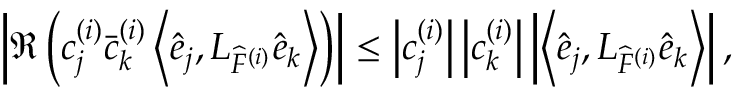
\left| \Re \left( c _ { j } ^ { ( i ) } \bar { c } _ { k } ^ { ( i ) } \left\langle \widehat { e } _ { j } , L _ { \widehat { F } ^ { ( i ) } } \widehat { e } _ { k } \right\rangle \right) \right| \leq \left| c _ { j } ^ { ( i ) } \right| \left| c _ { k } ^ { ( i ) } \right| \left| \left\langle \widehat { e } _ { j } , L _ { \widehat { F } ^ { ( i ) } } \widehat { e } _ { k } \right\rangle \right| ,